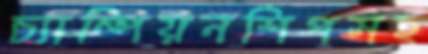
চ্যাম্পিয়নশিপসহ